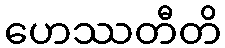
ဟေဿတီတိ